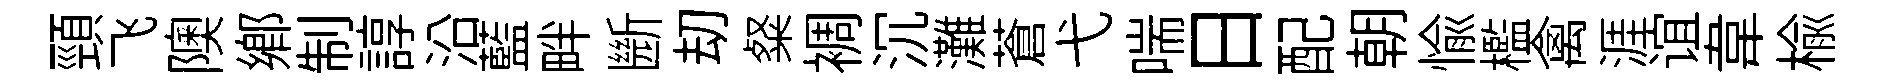
頸飞隩郷制諄沿藍畔㫁刧粲裯沉灘蒼弋喘日配朝愉檻禽涯谊韋榆